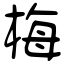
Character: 梅